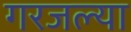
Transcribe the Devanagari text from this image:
गरजल्या